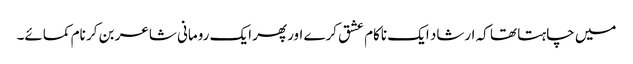
میں چاہتا تھا کہ ارشاد ایک ناکام عشق کرے اورپھر ایک رومانی شاعر بن کر نام کمائے۔